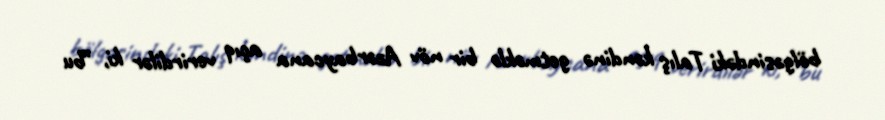
bölgəsindəki Talış kəndinə getməklə bir növ Azərbaycana açıq verirdilər ki, ”bu